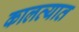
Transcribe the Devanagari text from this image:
कालव्यात